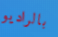
بالراديو